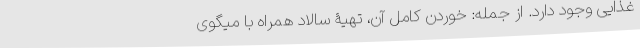
غذایی وجود دارد. از جمله: خوردن کامل آن، تهیۀ سالاد همراه با میگوی